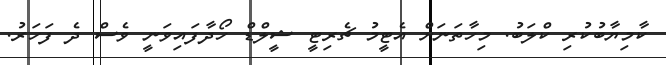
ކާމިޔާބުކުރި ކްލަބު. މިހާތަނަށް އެޓީމު ޗެރިޓީ ޝީލްޑް ހޯދާފައިވަނީ ވެސް ދެ ފަހަރު.